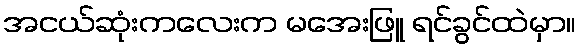
အငယ်ဆုံးကလေးက မအေးဖြူ ရင်ခွင်ထဲမှာ။